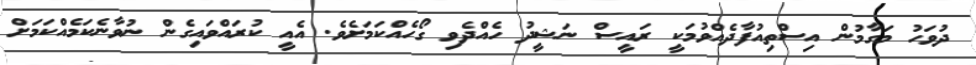
ދުވަހު މަގާމުން އިސްތިއުފާދެއްވުމަކީ ރައީސް ނަޝީދު ހެއްދެވި ގޯހެއްކަމަށެވެ. އެއީ ކުރައްވައިގެން ނުވާނެކަމެއްކަމަށް